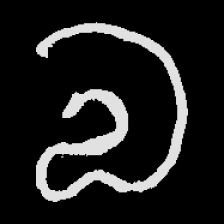
Pyu character \u2014 Myanmar letter: လ (romanized: la)